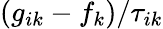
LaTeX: (g_{ik}-f_{k})/{\tau_{ik}}